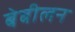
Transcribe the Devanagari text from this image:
बेबीलन